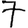
Digit: 7